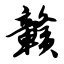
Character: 赣